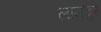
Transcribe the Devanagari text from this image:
लामचुर